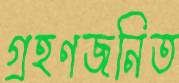
গ্রহণজনিত